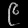
Digit: ၉